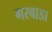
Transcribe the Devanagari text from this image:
गरबाडा